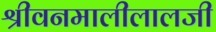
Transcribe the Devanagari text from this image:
श्रीवनमालीलालजी